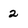
Character: 2